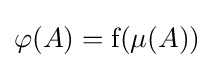
\varphi (A)={\rm {f}}(\mu (A))